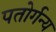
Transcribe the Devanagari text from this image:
पतोर्गन्य